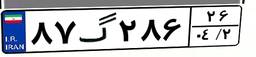
۸۷گ۲۸۶۲۶